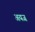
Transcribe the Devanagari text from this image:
अयज